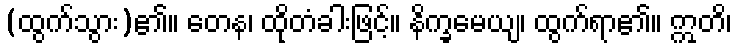
(ထွက်သွား)၏။ တေန၊ ထိုတံခါးဖြင့်။ နိက္ခမေယျ၊ ထွက်ရာ၏။ ဣတိ၊